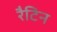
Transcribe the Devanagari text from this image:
रैटिन